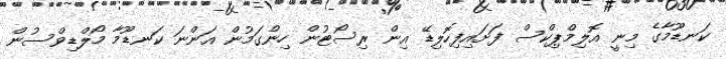
ކަނޑޫމާގެ މިނީ އޮލިމްޕިކްސް ފަށައިފިހޮލިޑޭ އިން ރިސޯޓުން ހިންގަމުން އަންނަ ކަނޑޫމާ މޯލްޑިވްސުން